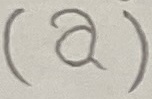
Text: (a)